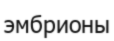
эмбрионы